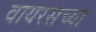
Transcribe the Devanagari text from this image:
वायरसच्या